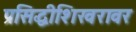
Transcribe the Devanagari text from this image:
प्रसिद्धीशिखरावर